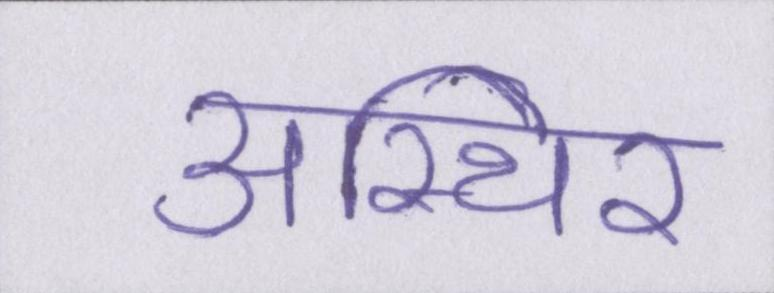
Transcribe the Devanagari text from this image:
अस्थिर